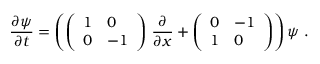
\frac { \partial \psi } { \partial t } = \left( \left( \begin{array} { l l } { { 1 } } & { { 0 } } \\ { { 0 } } & { { - 1 } } \end{array} \right) \, \frac { \partial } { \partial x } + \left( \begin{array} { l l } { { 0 } } & { { - 1 } } \\ { { 1 } } & { { 0 } } \end{array} \right) \right) \psi \ .